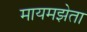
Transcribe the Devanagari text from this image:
मायमझेता